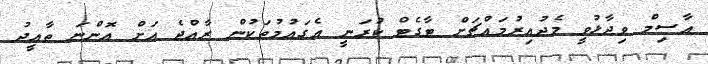
އާސިމް ވިދާޅުވީ މެދުއިރުމައްޗަށް ޓާގެޓް ކުރަނީ އެގައުމުތަކުން ރާއްޖެ އަށް އޮންނަ ތާއީދު